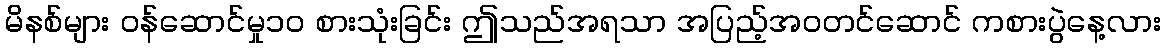
မိနစ်များ ဝန်ဆောင်မှု၁၀ စားသုံးခြင်း ဤသည်အရသာ အပြည့်အဝတင်ဆောင် ကစားပွဲနေ့လား